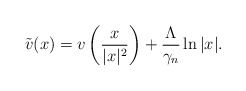
\begin{align*}\tilde{v}(x)=v\left(\frac{x}{|x|^2}\right)+\frac{\Lambda}{\gamma_{n}}\ln|x|.\end{align*}